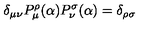
\delta _ { \mu \nu } P _ { \mu } ^ { \rho } ( \alpha ) P _ { \nu } ^ { \sigma } ( \alpha ) = \delta _ { \rho \sigma }